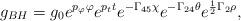
LaTeX: \begin{align*}\displaystyle{ g_{BH}=g_0 e^{ p_{\varphi} \varphi}e^{p_t t} e^{-\Gamma_{45}\chi}e^{-\Gamma_{24}\theta}e^{\frac{1}{2 } \Gamma_2 \rho}} ,\end{align*}